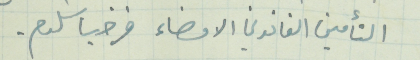
التأمين القانوني الامضاء قزحيا سلوم.